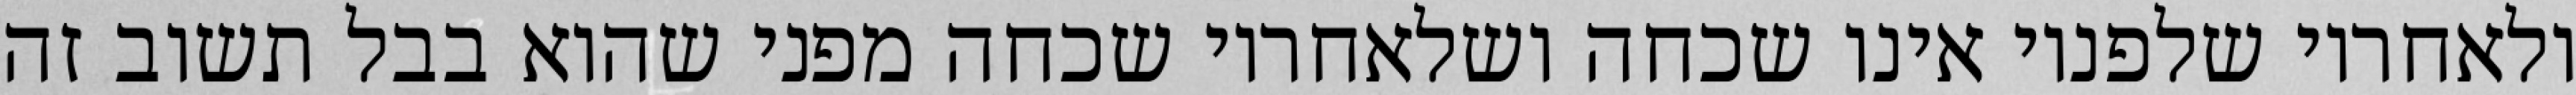
ולאחריו שלפניו אינו שכחה ושלאחריו שכחה מפני שהוא בבל תשוב זה